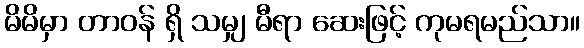
မိမိမှာ တာဝန် ရှိ သမျှ မီရာ ဆေးဖြင့် ကုမရမည်သာ။